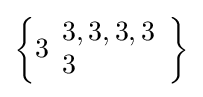
\left\{3{\begin{array}{l}3,3,3,3\\3\end{array}}\right\}